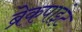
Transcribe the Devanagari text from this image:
ब्रेकपाइंट